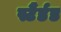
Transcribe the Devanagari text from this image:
स्टैंर्डड